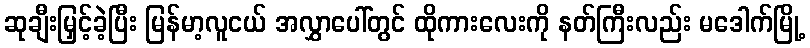
ဆုချီးမြှင့်ခဲ့ပြီး မြန်မာ့လူငယ် အလွှာပေါ်တွင် ထိုကားလေးကို နတ်ကြီးလည်း မဒေါက်မြို့